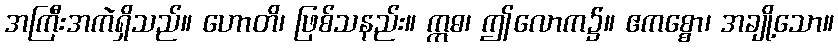
အကြီးအကဲရှိသည်။ ဟောတိ၊ ဖြစ်သနည်း။ ဣဓ၊ ဤလောက၌။ ဧကစ္စော၊ အချို့သော။